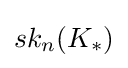
sk_{n}(K_{*})